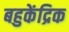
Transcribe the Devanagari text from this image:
बहुकेंद्रिक